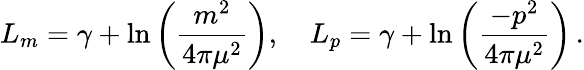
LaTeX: L_{m}=\gamma+\ln\left(\frac{m^{2}}{4\pi\mu^{2}}\right),\, \, \, \, \, \, L_{p}=\gamma+\ln\left(\frac{-p^{2}}{4\pi\mu^{2}}\right)\, .